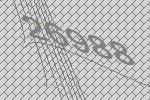
26988